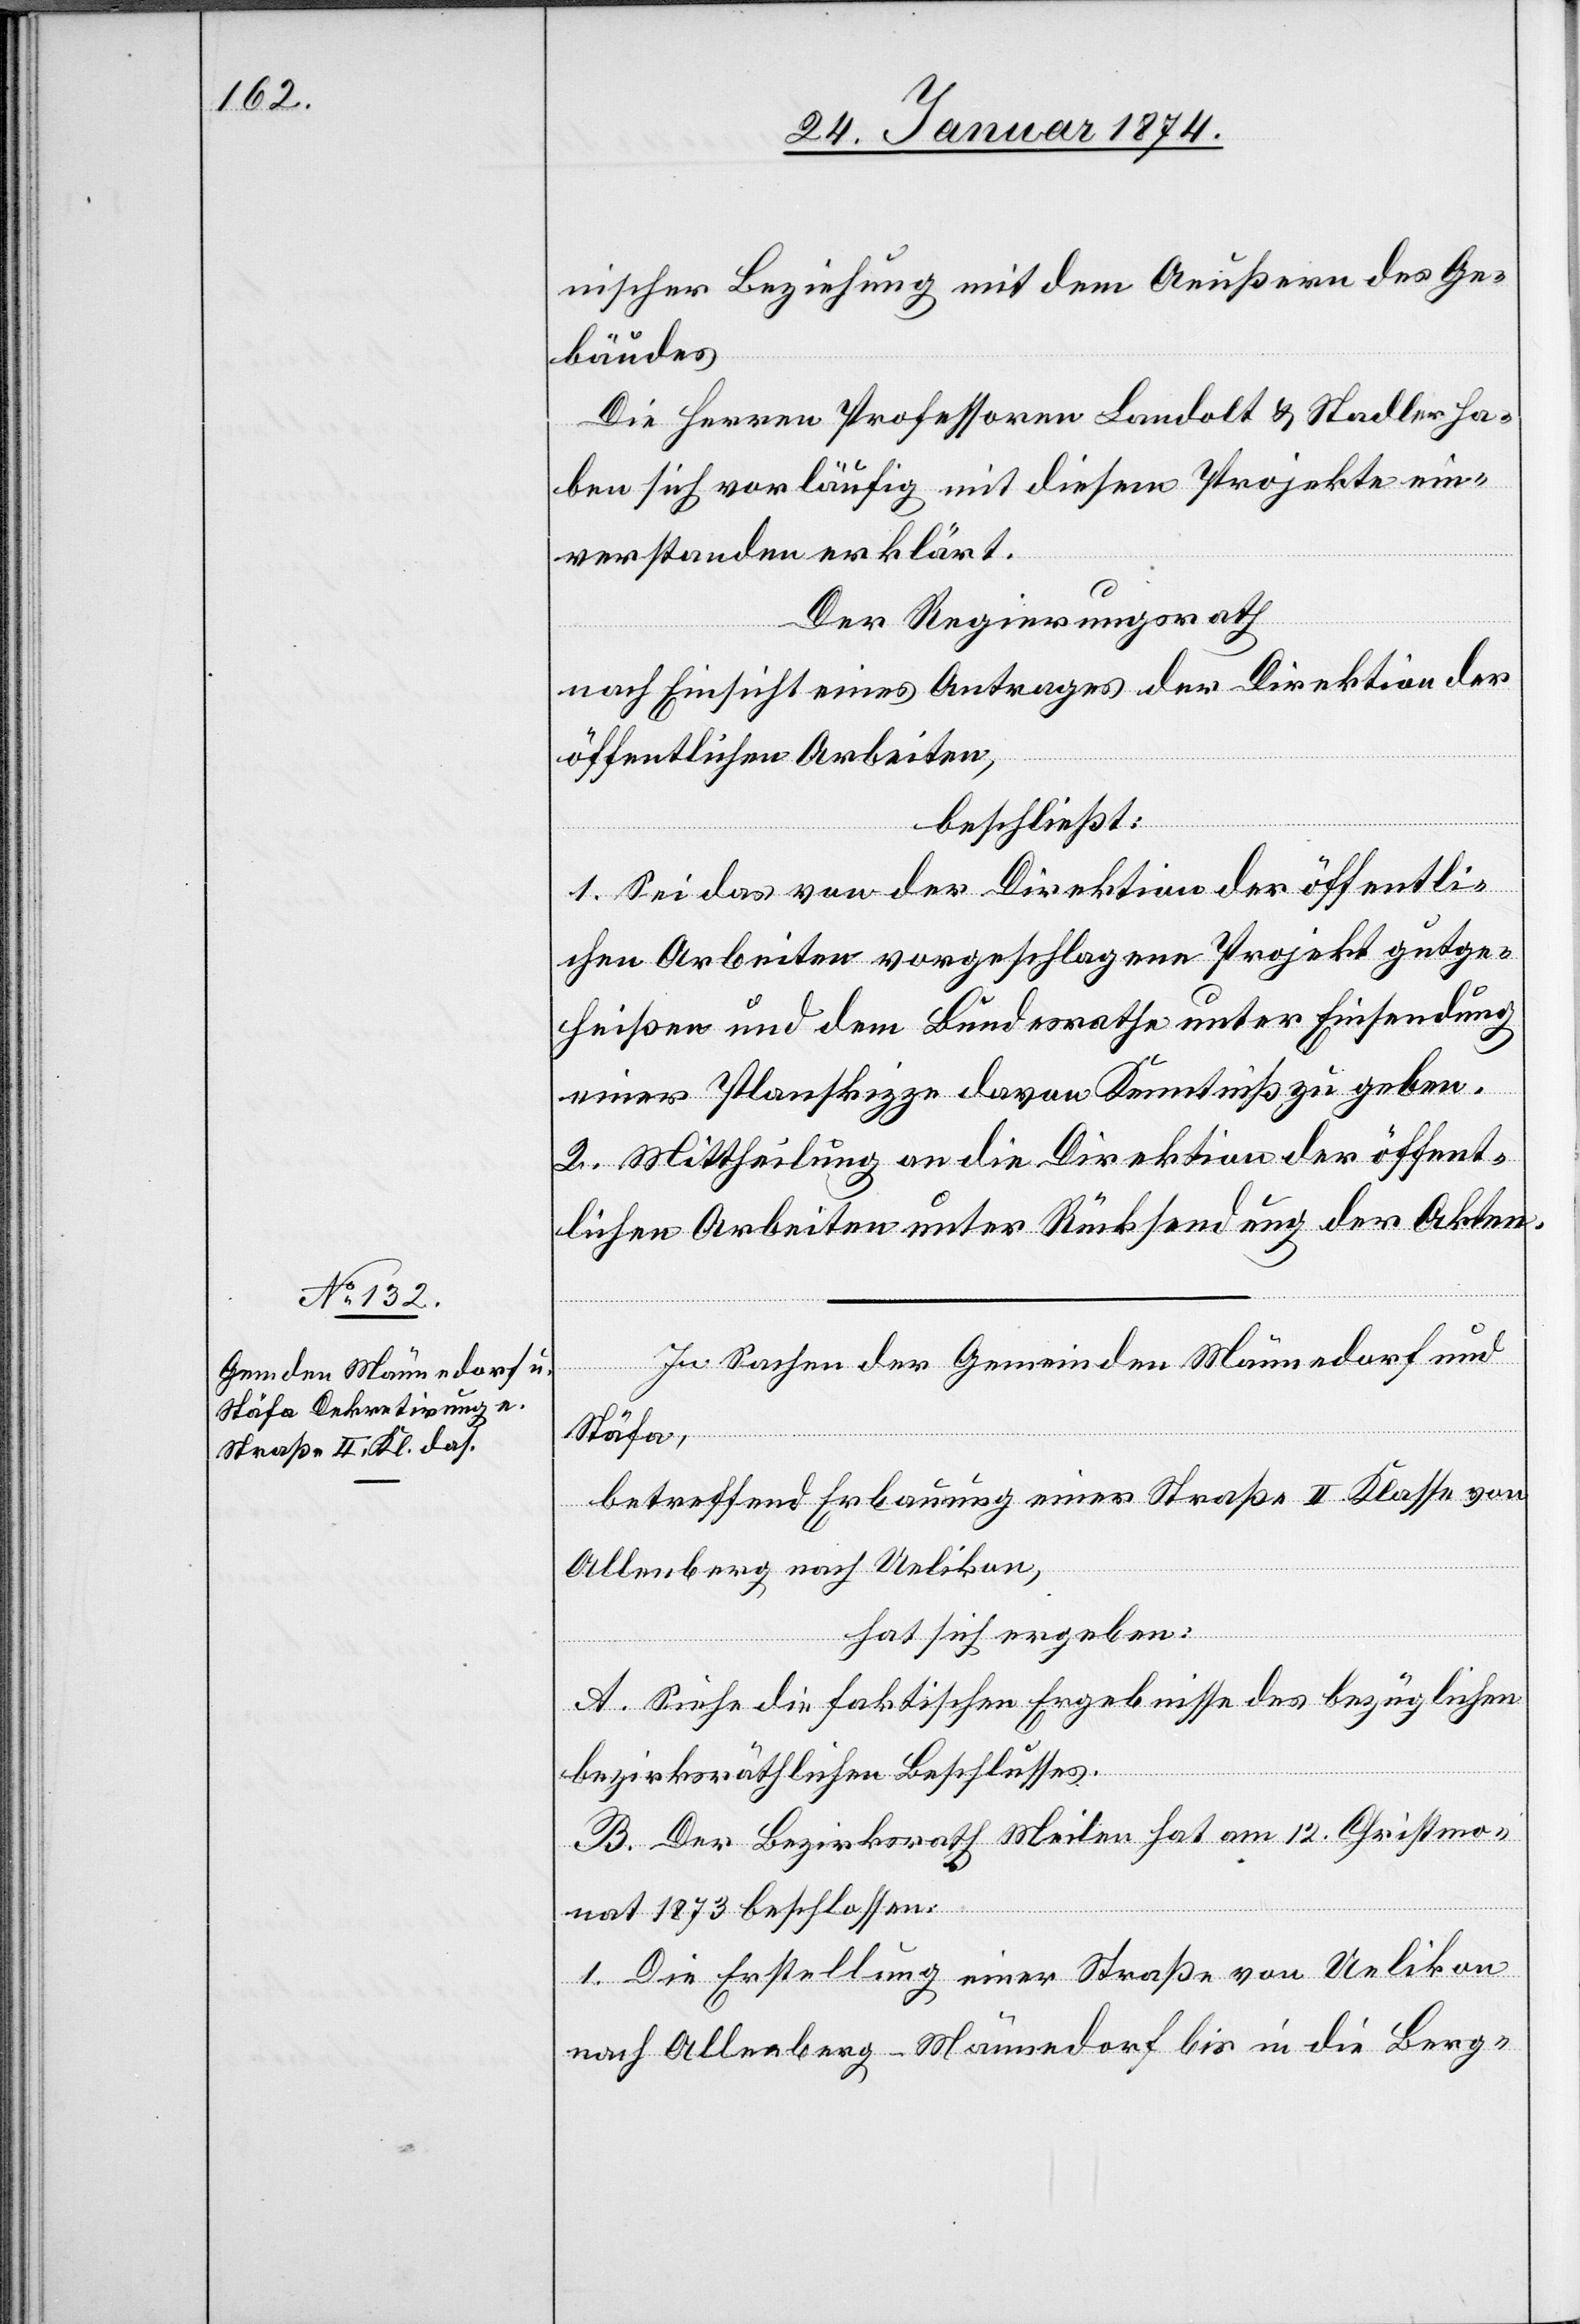
In Sachen der Gemeinden Männedorf und
Stäfa,
betreffend Erbauung einer Straße II. Klasse von
Allenberg nach Uelikon,
hat sich ergeben:
A. Siehe die faktischen Ergebnisse des bezüglichen
bezirksräthlichen Beschlusses.
B. Der Bezirksrath Meilen hat am 12. Christmo¬
nat 1873 beschlossen:
1. Die Erstellung einer Straße von Uelikon
nach Allenberg-Männedorf bis in die Berg-